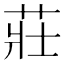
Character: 莊